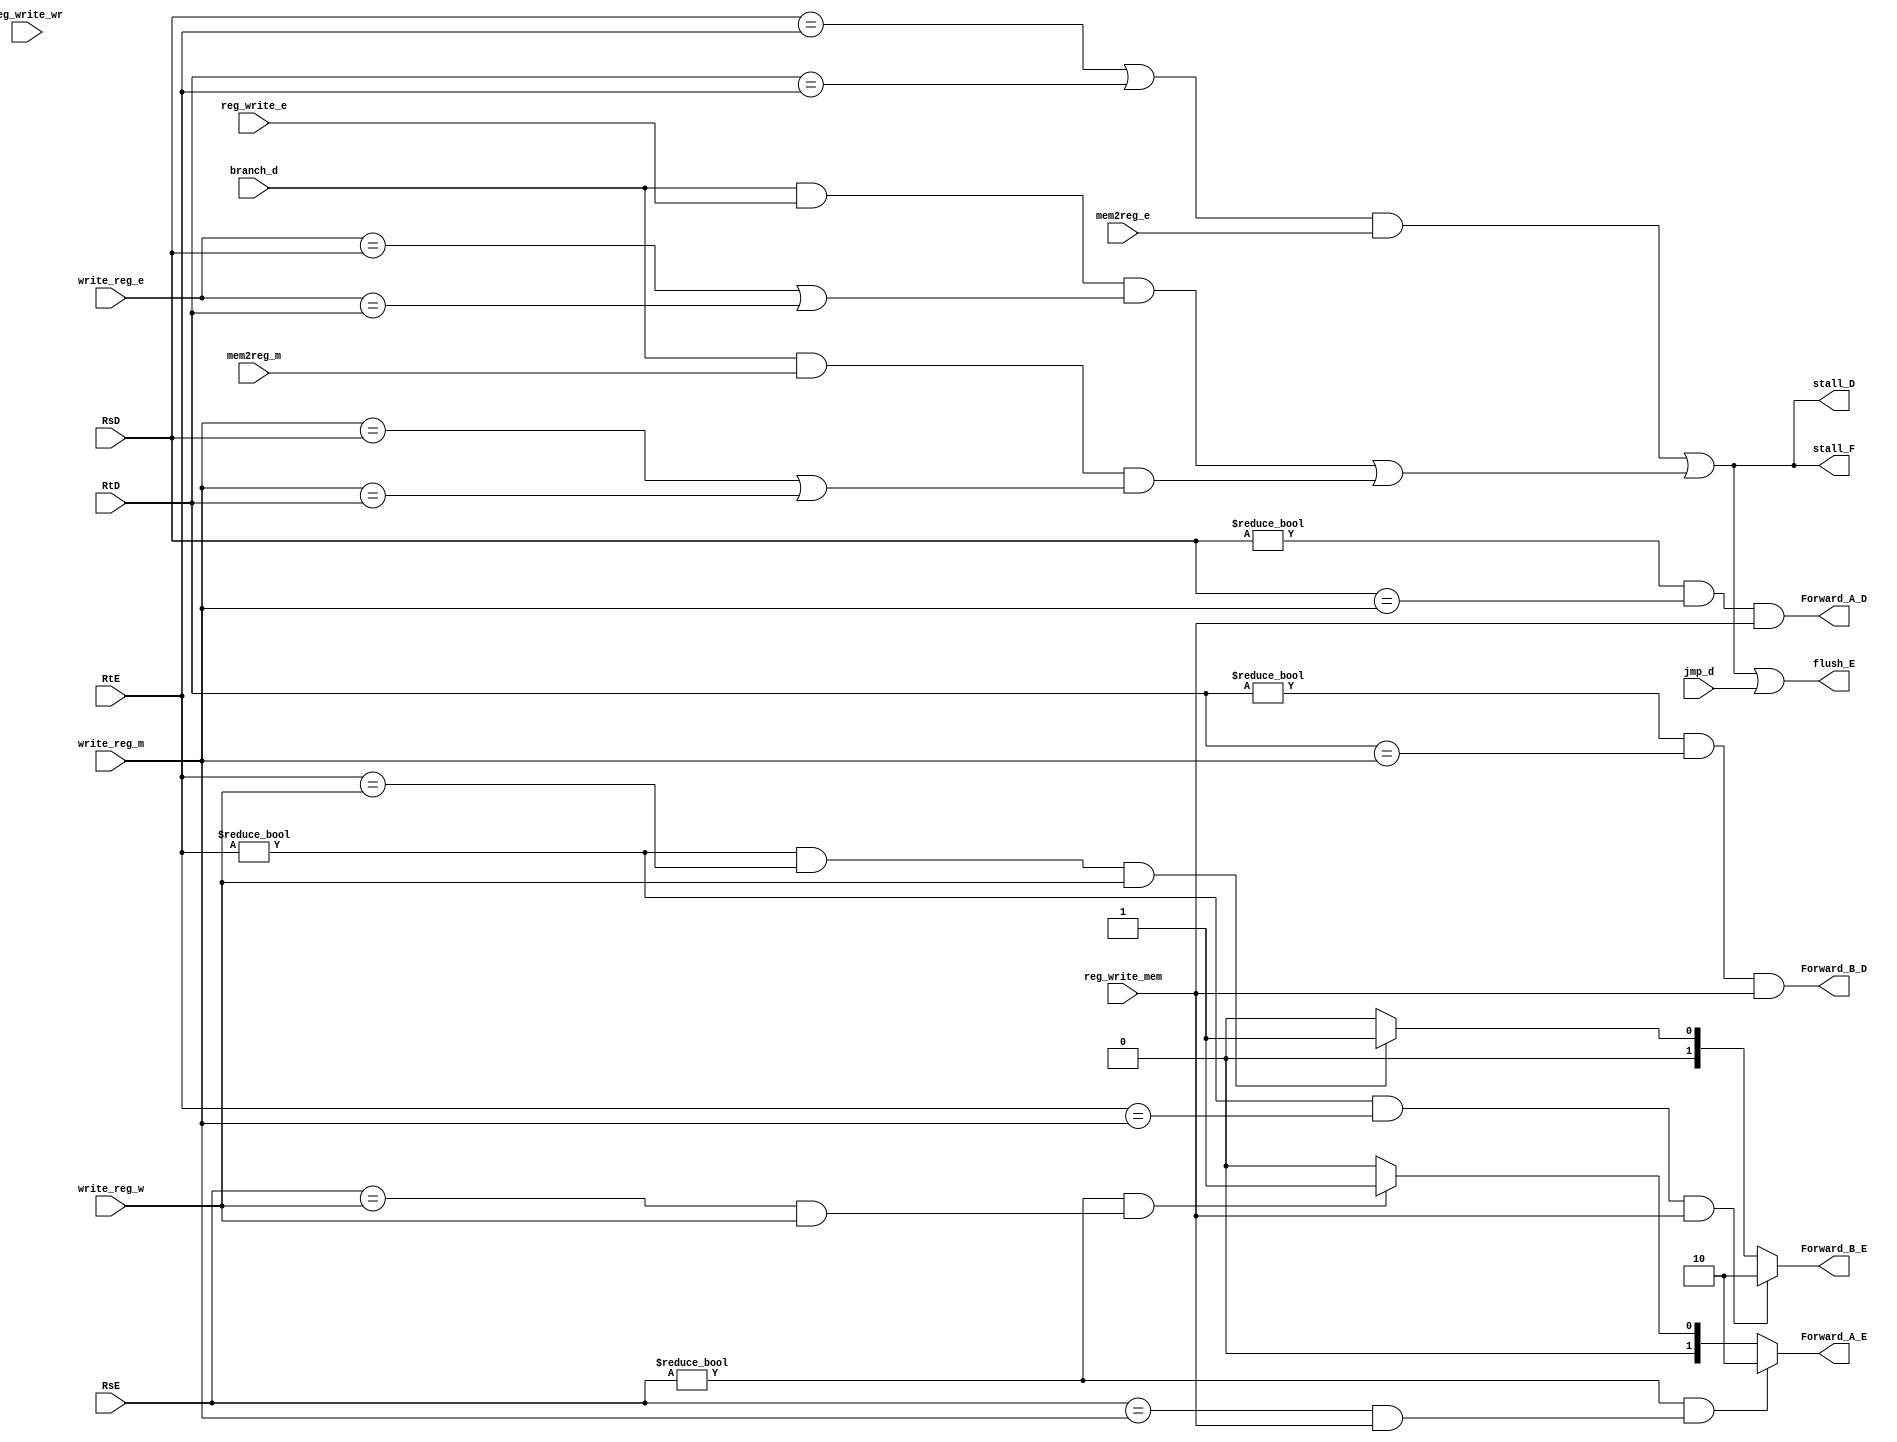
module hazUnit 
#(parameter op_width=5,mux_sel=2)
(
    input branch_d, //branch @ decode stage
    input jmp_d,
 input [op_width-1:0] RsE, //Operand 1 @Execution stage (source)
 input [op_width-1:0] RtE,//Operand 2  @Execution stage(source)

 input [op_width-1:0] RsD, //Operand 1 @Decode stage (source)
 input [op_width-1:0] RtD,//Operand 2  @Decode stage(source)

 input [op_width-1:0] write_reg_m ,// destenation @ memory stage 
 input [op_width-1:0] write_reg_w ,// destenation @ write stage 
  input [op_width-1:0] write_reg_e ,// destenation @ decode stage 
 input reg_write_mem, //Reg_File WE @ mem stage 
 input reg_write_wr,//Reg_File WE @ write_back stage 
 input reg_write_e, ////Reg_File WE @ execution  stage 
 input mem2reg_e, //control signal directs signal from d_mem to reg_file[gets high @ lw instruction] @ execution stage 
 input mem2reg_m, //
//
//*******outputs****
// For forwarding
output reg [mux_sel-1:0] Forward_A_E, // Forwarding to In_1 to alu @ execute stage 
output reg [mux_sel-1:0] Forward_B_E, // Forwarding to In_2to alu  @ execute stage
output  Forward_A_D, // Forwarding to out1 reg_file  @ decode stage 
output  Forward_B_D, // Forwarding to In_2to alu     @ decode stage 
//for stalling 
output stall_F , //stalling fetching stage
output stall_D,//stalling decode stage
output flush_E//to flush execute stage 

);
//internal signals 
wire lw_stall;
wire branch;
//assignments for stalling
assign lw_stall=((RsD==RtE) || (RtD==RtE)) && mem2reg_e ;
assign branch=((branch_d & reg_write_e & ((write_reg_e == RsD) | (write_reg_e == RtD))) | (branch_d & mem2reg_m & ((write_reg_m == RsD) | (write_reg_m == RtD))));

assign stall_F=lw_stall||branch;
assign stall_D=lw_stall||branch;
assign flush_E=lw_stall||branch||jmp_d;
//forwarding @ decode stage
assign Forward_A_D = ((RsD!=0)&&(RsD==write_reg_m)&&reg_write_mem);
assign Forward_B_D = ((RtD!=0)&&(RtD==write_reg_m)&&reg_write_mem);
//parameters 
localparam [mux_sel-1:0] reg_file=2'b00;//regular path from reg_file
localparam [mux_sel-1:0] forward_wr=2'b01; 
localparam [mux_sel-1:0] forward_mem=2'b10;//forwarding from mem_stage

//**************Forwarding**************** 
//forwarding @  in_1 to alu
always @ (*)begin
    if((RsE!=0)&&((RsE==write_reg_m)&&reg_write_mem ))
    Forward_A_E=forward_mem;
    else if  ((RsE!=0)&&((RsE==write_reg_w)&&write_reg_w ))
     Forward_A_E=forward_wr;
     else 
     Forward_A_E=reg_file;
end
//forwarding @  in_2 to alu
always @ (*)begin
    if((RtE!=0)&&(RtE==write_reg_m)&&reg_write_mem )
    Forward_B_E=forward_mem; //2'b10
    else if  ((RtE!=0)&&(RtE==write_reg_w)&&write_reg_w )
     Forward_B_E=forward_wr; //2'b01
     else 
     Forward_B_E=reg_file; //2'b00
end


endmodule